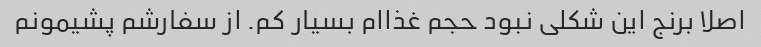
اصلا برنج این شکلی نبود حجم غذاام بسیار کم. از سفارشم پشیمونم